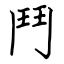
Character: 鬥